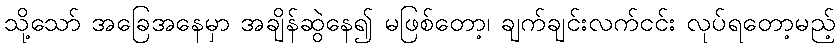
သို့သော် အခြေအနေမှာ အချိန်ဆွဲနေ၍ မဖြစ်တော့၊ ချက်ချင်းလက်ငင်း လုပ်ရတော့မည့်